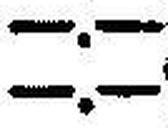
—.—